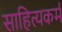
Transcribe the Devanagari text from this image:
साहित्यकर्म